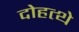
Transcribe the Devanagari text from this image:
दोहत्थे